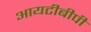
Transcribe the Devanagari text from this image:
आयटीबीपी